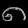
Digit: ၈